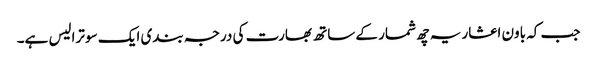
جب کہ باون اعشاریہ چھ شمار کے ساتھ بھارت کی درجہ بندی ایک سو ترالیس ہے۔